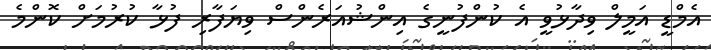
އެމްޑީ އަމީލް ވިދާޅުވީ އެ ކުންފުނީގެ އިންޝުއަރެންސް ވިޔަފާރި ފުޅާ ކުރުމަށް ކޮންމެ